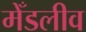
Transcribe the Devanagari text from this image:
मेँडलीव